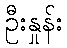
ဦးနှုန်း